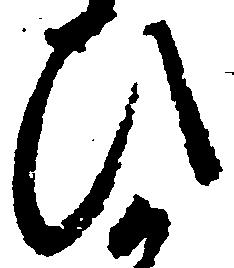
ひ